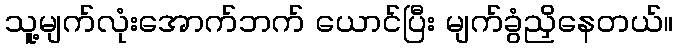
သူ့မျက်လုံးအောက်ဘက် ယောင်ပြီး မျက်ခွံညှိနေတယ်။